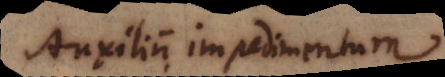
Auxilium, impedimentum.